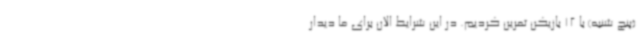
(پنج شنبه) با 12 بازیکن تمرین کردیم. در این شرایط الان برای ما دیدار